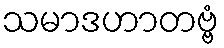
သမာဒဟာတဗ္ဗံ